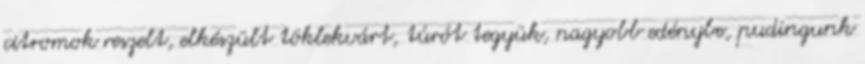
citromok reszelt, elkészült töklekvárt, túrót tegyük, nagyobb edénybe, pudingunk